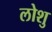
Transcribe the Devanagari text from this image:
लोशु